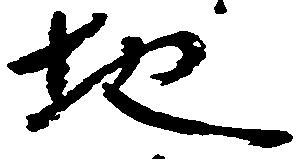
地